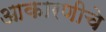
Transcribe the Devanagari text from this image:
आकारणीचे